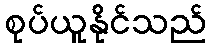
စုပ်ယူနိုင်သည်